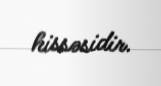
hissəsidir.